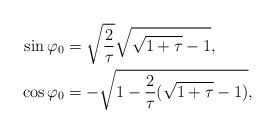
LaTeX: \begin{align*}\sin \varphi_0 &= \sqrt{\frac{2}{\tau}} \sqrt{\sqrt{1+\tau}-1}, \\\cos\varphi_0 &= - \sqrt{1-\frac{2}{\tau} (\sqrt{1+\tau}-1)}, \end{align*}